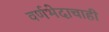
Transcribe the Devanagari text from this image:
वर्णभेदाचाही